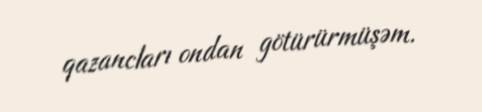
qazancları ondan götürürmüşəm.